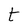
Character: t